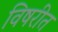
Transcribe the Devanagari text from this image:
विषरीत